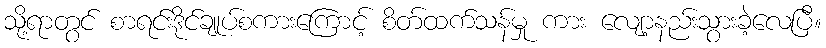
သို့ရာတွင် စာရင်းဒိုင်ချုပ်စကားကြောင့် စိတ်ထက်သန်မှု ကား လျော့နည်းသွားခဲ့လေပြီ။